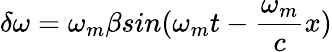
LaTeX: \delta\omega=\omega_{m}\beta sin(\omega_{m}t-\frac{\omega_{m}}{c}x)